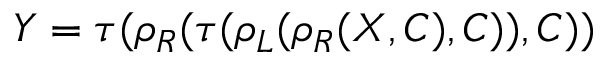
Y = \tau ( \rho _ { R } ( \tau ( \rho _ { L } ( \rho _ { R } ( X , C ) , C ) ) , C ) )